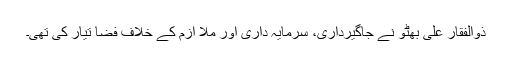
ذوالفقار علی بھٹو نے جاگیرداری، سرمایہ داری اور ملاّ ازم کے خلاف فضا تیار کی تھی۔